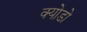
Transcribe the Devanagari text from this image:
क्योडो